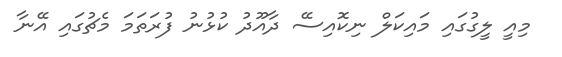
މިއީ ލީގުގައި މައިކަލް ނިކޮއިސޭ ދާއޫދު ކުޅުނު ފުރަތަމަ މެޗުގައި އޭނާ